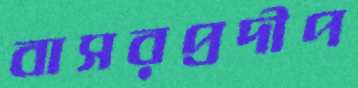
বাসরপ্রদীপ